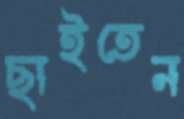
ছাইতেন